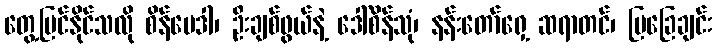
တွေ့မြင်နိုင်သလို စိန်ဗေဒါ၊ ဦးချစ်ဖွယ်နဲ့ ဒေါ်စိန်သုံ၊ နန်းတော်ရှေ့ ဆရာတင်၊ မြခြေချင်း